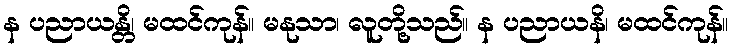
န ပညာယန္တိ၊ မထင်ကုန်။ မနုသာ၊ လူတို့သည်။ န ပညာယနိ၊ မထင်ကုန်။